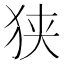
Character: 狭